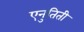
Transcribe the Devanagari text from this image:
एनुतिती